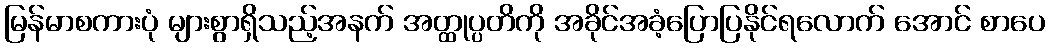
မြန်မာစကားပုံ များစွာရှိသည့်အနက် အတ္ထုပ္ပတိကို အခိုင်အခံ့ပြောပြနိုင်ရလောက် အောင် စာပေ